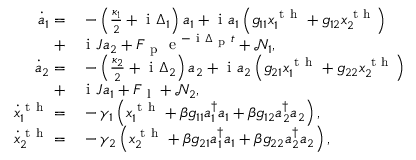
\begin{array} { r l } { \dot { a } _ { 1 } = } & { { } - \left( \frac { \kappa _ { 1 } } { 2 } + \mathrm { ~ i ~ } \Delta _ { 1 } \right) a _ { 1 } + \mathrm { ~ i ~ } a _ { 1 } \left( g _ { 1 1 } x _ { 1 } ^ { \mathrm { ~ t ~ h ~ } } + g _ { 1 2 } x _ { 2 } ^ { \mathrm { ~ t ~ h ~ } } \right) } \\ { + } & { { } \mathrm { ~ i ~ } J a _ { 2 } + F _ { \mathrm { ~ p ~ } } \mathrm { ~ e ~ } ^ { - \mathrm { ~ i ~ } \Delta _ { \mathrm { ~ p ~ } } t } + \mathcal { N } _ { 1 } , } \\ { \dot { a } _ { 2 } = } & { { } - \left( \frac { \kappa _ { 2 } } { 2 } + \mathrm { ~ i ~ } \Delta _ { 2 } \right) a _ { 2 } + \mathrm { ~ i ~ } a _ { 2 } \left( g _ { 2 1 } x _ { 1 } ^ { \mathrm { ~ t ~ h ~ } } + g _ { 2 2 } x _ { 2 } ^ { \mathrm { ~ t ~ h ~ } } \right) } \\ { + } & { { } \mathrm { ~ i ~ } J a _ { 1 } + F _ { \mathrm { ~ l ~ } } + \mathcal { N } _ { 2 } , } \\ { \dot { x } _ { 1 } ^ { \mathrm { ~ t ~ h ~ } } = } & { { } - \gamma _ { 1 } \left( x _ { 1 } ^ { \mathrm { ~ t ~ h ~ } } + \beta g _ { 1 1 } a _ { 1 } ^ { \dagger } a _ { 1 } + \beta g _ { 1 2 } a _ { 2 } ^ { \dagger } a _ { 2 } \right) , } \\ { \dot { x } _ { 2 } ^ { \mathrm { ~ t ~ h ~ } } = } & { { } - \gamma _ { 2 } \left( x _ { 2 } ^ { \mathrm { ~ t ~ h ~ } } + \beta g _ { 2 1 } a _ { 1 } ^ { \dagger } a _ { 1 } + \beta g _ { 2 2 } a _ { 2 } ^ { \dagger } a _ { 2 } \right) , } \end{array}